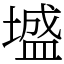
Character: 墭